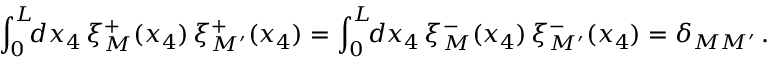
\int _ { 0 } ^ { L } \! \! d x _ { 4 } \, \xi _ { M } ^ { + } ( x _ { 4 } ) \, \xi _ { M ^ { \prime } } ^ { + } ( x _ { 4 } ) = \int _ { 0 } ^ { L } \! \! d x _ { 4 } \, \xi _ { M } ^ { - } ( x _ { 4 } ) \, \xi _ { M ^ { \prime } } ^ { - } ( x _ { 4 } ) = \delta _ { M M ^ { \prime } } \, .